Indian journal of veterinary science and animal husbandry - Volumes 15-17, 1948-1951
Year: 1948
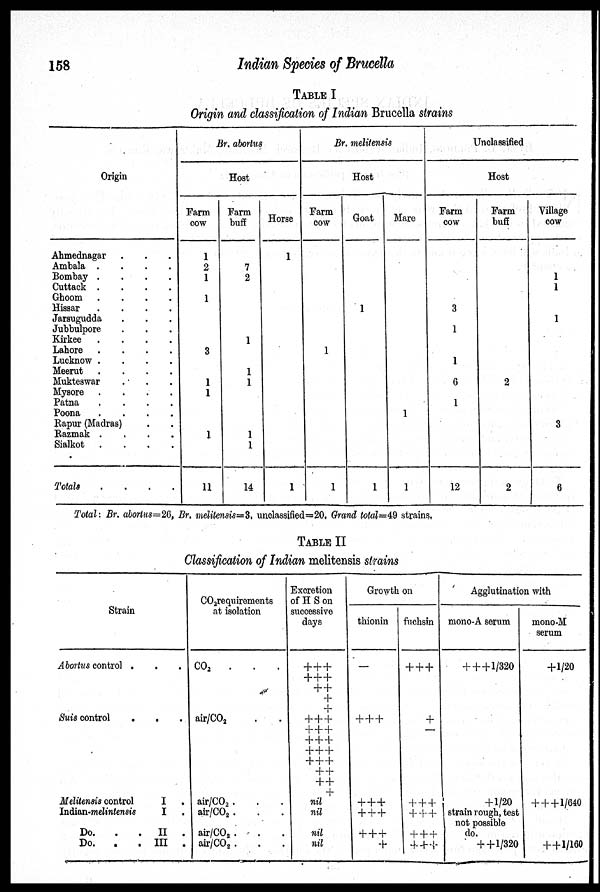
158
Indian Species of Brucella
TABLE I
Origin and classification of Indian Brucella strains
Origin
Ahmednagar . . .
Ambala
.
.
.
.
Bombay .
.
.
.
Cuttack .
.
.
.
Ghoom .
.
.
.
Hissar
.
.
.
.
Jarsugudda . . .
Jubbulpore . . .
Kirkee .
.
.
.
Lahore .
.
.
.
Lucknow .
.
.
.
Meerut .
.
.
.
Mukteswar . . .
Mysore .
.
.
.
Patna
.
.
.
.
Poona
.
.
.
.
Rapur (Madras) . .
Razmak . . . .
Sialkot .
.
.
.
Totals
. . . .
Br. abortus
Host
Farm
cow
1
2
1
1
3
1
1
1
11
Farm
buff
7
2
1
1
1
1
1
14
Horse
1
1
Br. melitensis
Host
Farm
cow
1
1
Goat
1
1
Mare
1
1
Unclassified
Host
Farm
cow
3
1
1
6
1
12
Farm
buff
2
2
Village
cow
1
1
1
3
6
Total : Br. abortus = 26, Br. melitensis = 3. unclassified = 20. Grand total = 49 strains.
TABLE II
Classification of Indian melitensis strains
Strain
Abortus control . . .
Suis control . . .
Melitensis control
I .
Indian-melintensis
I .
Do.
.
.
II .
Do.
.
. III .
CO 2 requirements
at isolation
CO 2
. . .
air/CO 2 . .
air/CO 2 . . .
air/CO 2 . . .
air/CO 2 . . .
air/CO 2 . . .
Excretion
of H S on
successive
days
+
+ +
+
+ +
+ +
+
+
+
+ +
+
+ +
+
+ +
+
+ +
+
+ +
+ +
+ +
+
nil
nil
nil
nil
Growth on
thionin
—
+
+ +
+
+ +
+
+ +
+
+ +
+
fuchsin
+
+ +
+
—
+
+ +
+ + +
+ + +
+ + +
Agglutination with
mono-A serum
+ + + 1/320
+ 1/20
strain rough, test
not possible
do.
+
+1/320
mono-M
serum
+1/20
+ +
+1/640
+ +1/160